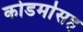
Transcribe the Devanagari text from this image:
कोडर्मासह